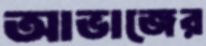
আভাজের